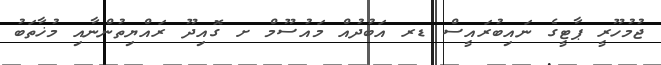
ޖުމުހޫރީ ޕާޓީގެ ނައިބުރައީސް ޑރ އަބުދުއް މައުސޫމް ށ ގޮއިދޫ ރައްޔިތުންނާއި މުޚާތަބު